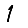
Digit: 1